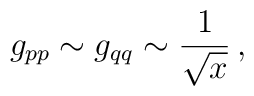
g_{pp} \sim g_{qq} \sim \frac{1}{\sqrt{x}}\,,